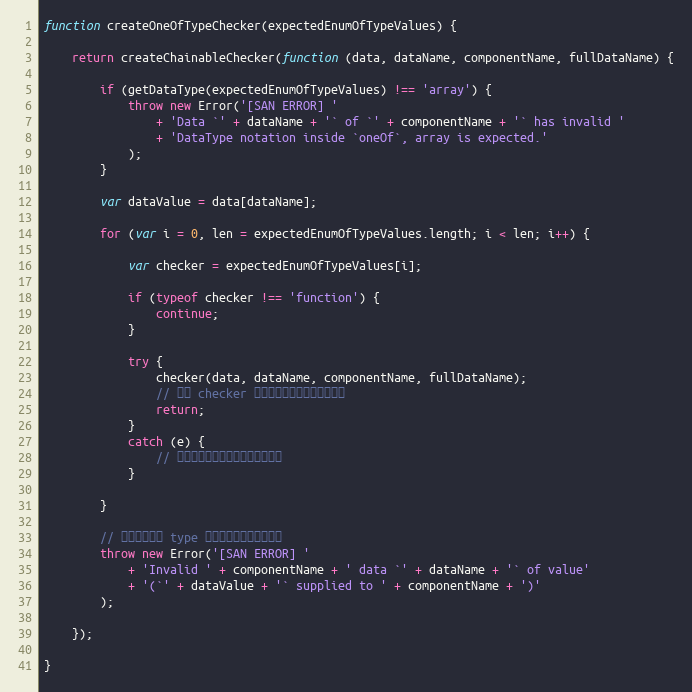
Language: JavaScript
function createOneOfTypeChecker(expectedEnumOfTypeValues) {

    return createChainableChecker(function (data, dataName, componentName, fullDataName) {

        if (getDataType(expectedEnumOfTypeValues) !== 'array') {
            throw new Error('[SAN ERROR] '
                + 'Data `' + dataName + '` of `' + componentName + '` has invalid '
                + 'DataType notation inside `oneOf`, array is expected.'
            );
        }

        var dataValue = data[dataName];

        for (var i = 0, len = expectedEnumOfTypeValues.length; i < len; i++) {

            var checker = expectedEnumOfTypeValues[i];

            if (typeof checker !== 'function') {
                continue;
            }

            try {
                checker(data, dataName, componentName, fullDataName);
                // 如果 checker 完成校验没报错，那就返回了
                return;
            }
            catch (e) {
                // 如果有错误，那么应该把错误吞掉
            }

        }

        // 所有的可接受 type 都失败了，才丢一个异常
        throw new Error('[SAN ERROR] '
            + 'Invalid ' + componentName + ' data `' + dataName + '` of value'
            + '(`' + dataValue + '` supplied to ' + componentName + ')'
        );

    });

}